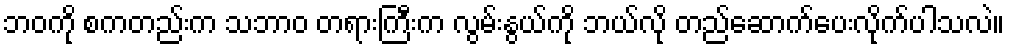
ဘဝကို စကတည်းက သဘာဝ တရားကြီးက လွမ်းနွယ်ကို ဘယ်လို တည်ဆောက်ပေးလိုက်ပါသလဲ။